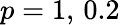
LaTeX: p=1,\, 0.2